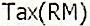
TAX(RM)